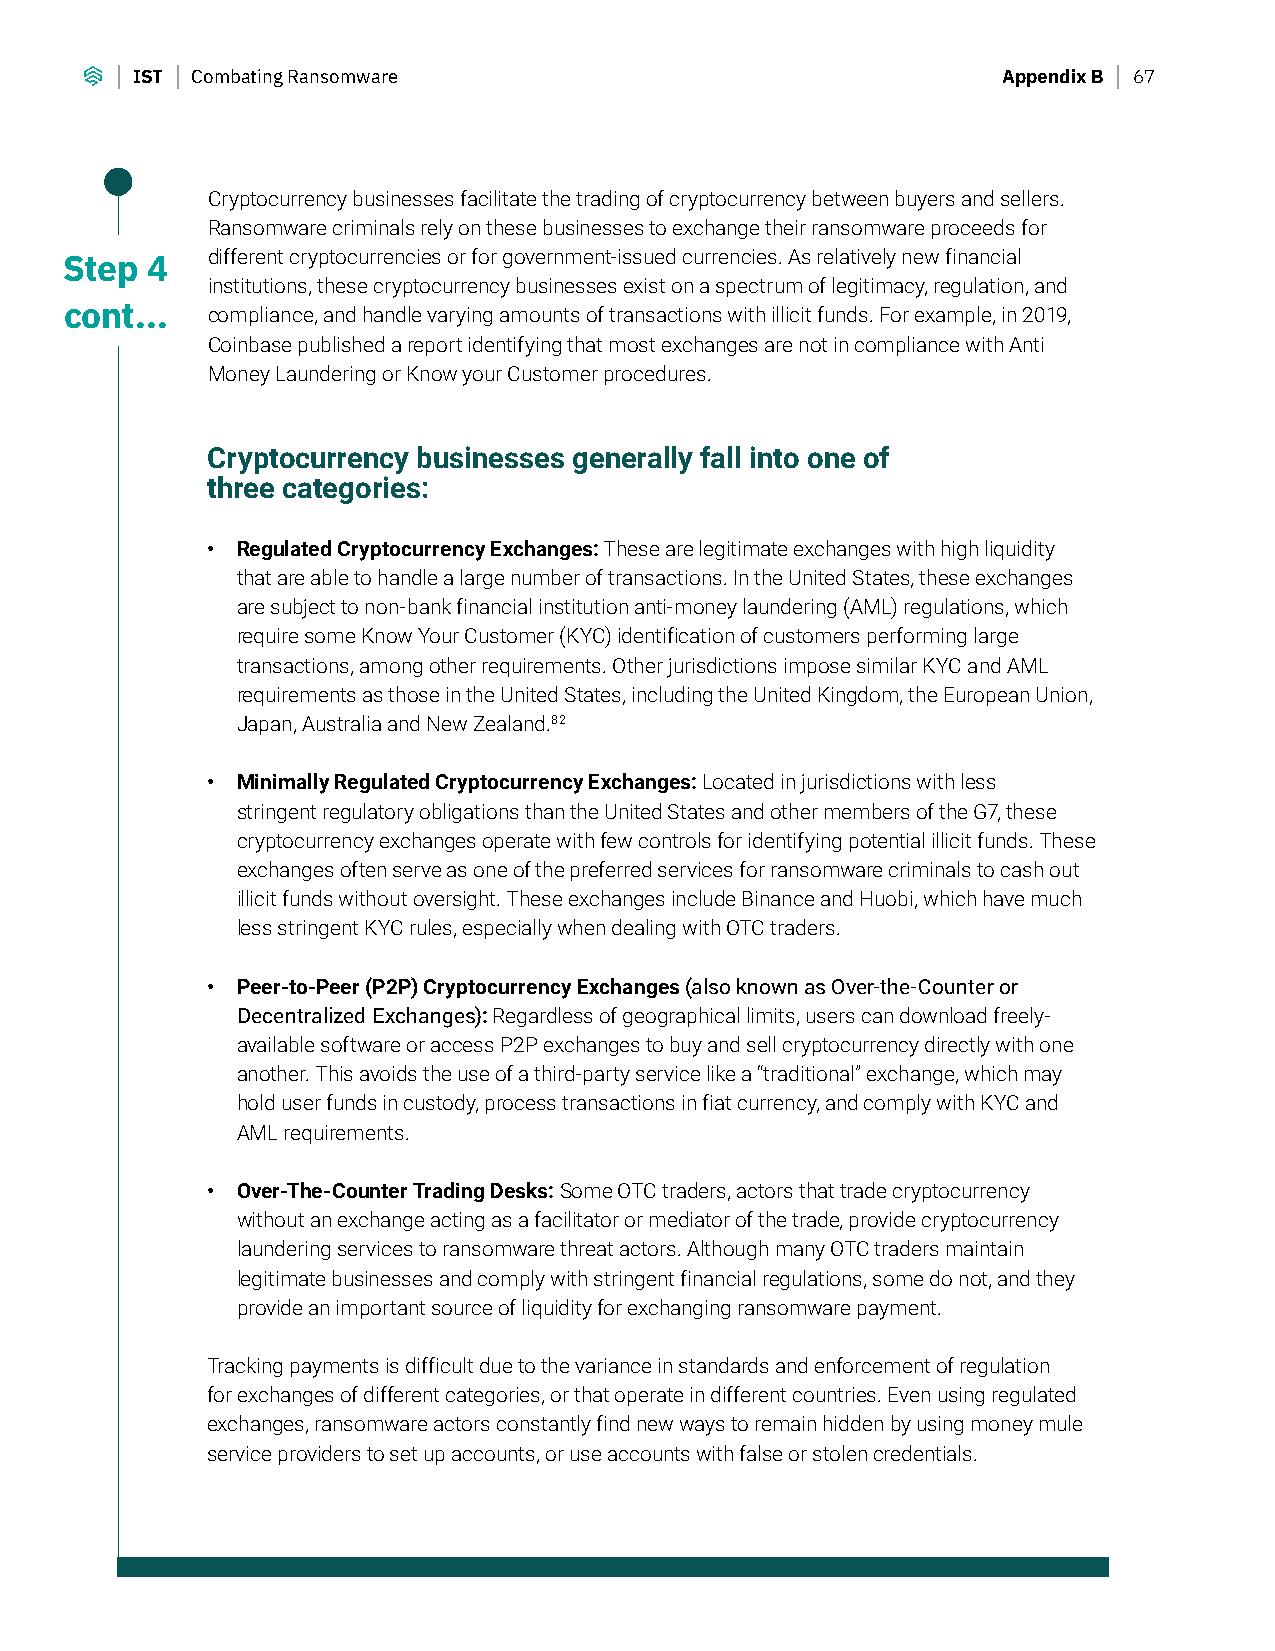
IST Combating Ransomware                                 Appendix B 67
 Cryptocurrency businesses facilitate the trading of cryptocurrency between buyers and sellers.
 Ransomware criminals rely on these businesses to exchange their ransomware proceeds for
 Step  4   different cryptocurrencies or for government-issued currencies. As relatively new financial
 institutions, these cryptocurrency businesses exist on a spectrum of legitimacy, regulation, and
 cont...   compliance, and handle varying amounts of transactions with illicit funds. For example, in 2019,
 Coinbase published a report identifying that most exchanges are not in compliance with Anti
 Money Laundering or Know your Customer procedures.
 Cryptocurrency businesses generally fall into one of
 three categories:
 • Regulated Cryptocurrency Exchanges: These are legitimate exchanges with high liquidity
 that are able to handle a large number of transactions. In the United States, these exchanges
 are subject to non-bank financial institution anti-money laundering (AML) regulations, which
 require some Know Your Customer (KYC) identification of customers performing large
 transactions, among other requirements. Other jurisdictions impose similar KYC and AML
 requirements as those in the United States, including the United Kingdom, the European Union,
 Japan, Australia and New Zealand.82
 • Minimally Regulated Cryptocurrency Exchanges: Located in jurisdictions with less
 stringent regulatory obligations than the United States and other members of the G7, these
 cryptocurrency exchanges operate with few controls for identifying potential illicit funds. These
 exchanges often serve as one of the preferred services for ransomware criminals to cash out
 illicit funds without oversight. These exchanges include Binance and Huobi, which have much
 less stringent KYC rules, especially when dealing with OTC traders.
 • Peer-to-Peer (P2P) Cryptocurrency Exchanges (also known as Over-the-Counter or
 Decentralized Exchanges): Regardless of geographical limits, users can download freely-
 available software or access P2P exchanges to buy and sell cryptocurrency directly with one
 another. This avoids the use of a third-party service like a “traditional” exchange, which may
 hold user funds in custody, process transactions in fiat currency, and comply with KYC and
 AML requirements.
 • Over-The-Counter Trading Desks: Some OTC traders, actors that trade cryptocurrency
 without an exchange acting as a facilitator or mediator of the trade, provide cryptocurrency
 laundering services to ransomware threat actors. Although many OTC traders maintain
 legitimate businesses and comply with stringent financial regulations, some do not, and they
 provide an important source of liquidity for exchanging ransomware payment.
 Tracking payments is difficult due to the variance in standards and enforcement of regulation
 for exchanges of different categories, or that operate in different countries. Even using regulated
 exchanges, ransomware actors constantly find new ways to remain hidden by using money mule
 service providers to set up accounts, or use accounts with false or stolen credentials.